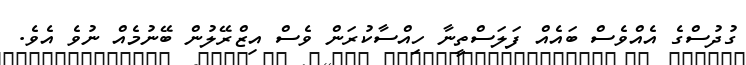
ގުދުސްގެ އެއްވެސް ބައެއް ފަލަސްތީނާ ހިއްސާކުރަން ވެސް އިޒްރޭލުން ބޭނުމެއް ނުވެ އެވެ.